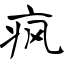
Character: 疯